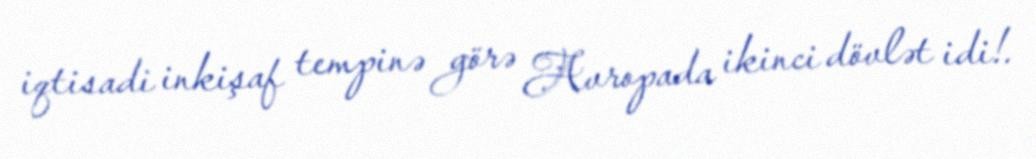
iqtisadi inkişaf tempinə görə Avropada ikinci dövlət idi!.